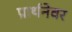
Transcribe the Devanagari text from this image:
प्रार्थनेवर